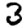
Digit: 3